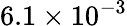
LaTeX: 6.1\times 10^{-3}